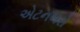
એટનબરો